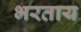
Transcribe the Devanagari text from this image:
भरताय